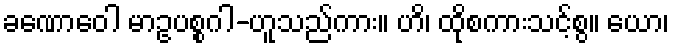
ခဏောဝေါ မာဥပစ္စဂါ-ဟူသည်ကား။ ဟိ၊ ထိုစကားသင့်စွ။ ယော၊